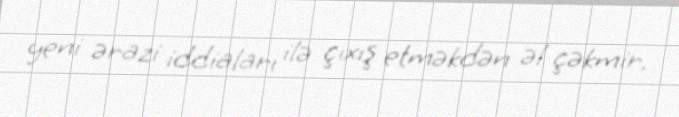
yeni ərazi iddiaları ilə çıxış etməkdən əl çəkmir.